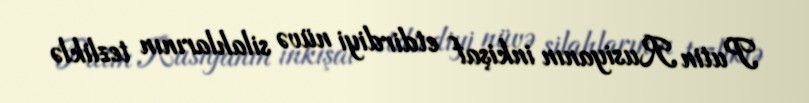
Putin Rusiyanın inkişaf etdirdiyi nüvə silahlarının tezliklə